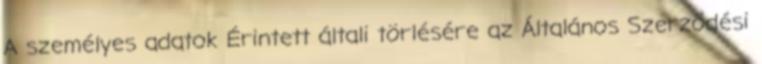
A személyes adatok Érintett általi törlésére az Általános Szerződési